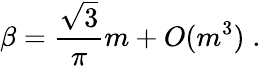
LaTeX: \beta=\frac{\sqrt{3}}{\pi}m+O(m^{3})\; .